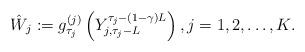
LaTeX: \begin{align*}\hat{W}_j:=g_{\tau_j}^{(j)}\left(Y_{j,\tau_j-L}^{\tau_j- (1-\gamma)L }\right),j=1,2,\ldots, K.\end{align*}